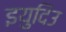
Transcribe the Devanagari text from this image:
इयुदिउ